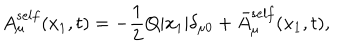
A _ { \mu } ^ { s e l f } ( x _ { 1 } , t ) = - \frac { 1 } { 2 } Q | x _ { 1 } | { \delta } _ { { \mu } 0 } + \bar { A } _ { \mu } ^ { s e l f } ( x _ { 1 } , t ) ,